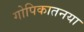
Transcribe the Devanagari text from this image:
गोपिकातनया